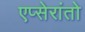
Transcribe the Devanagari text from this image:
एप्सेरांतो